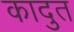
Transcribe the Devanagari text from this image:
कादुत